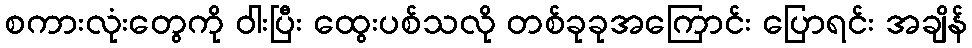
စကားလုံးတွေကို ဝါးပြီး ထွေးပစ်သလို တစ်ခုခုအကြောင်း ပြောရင်း အချိန်